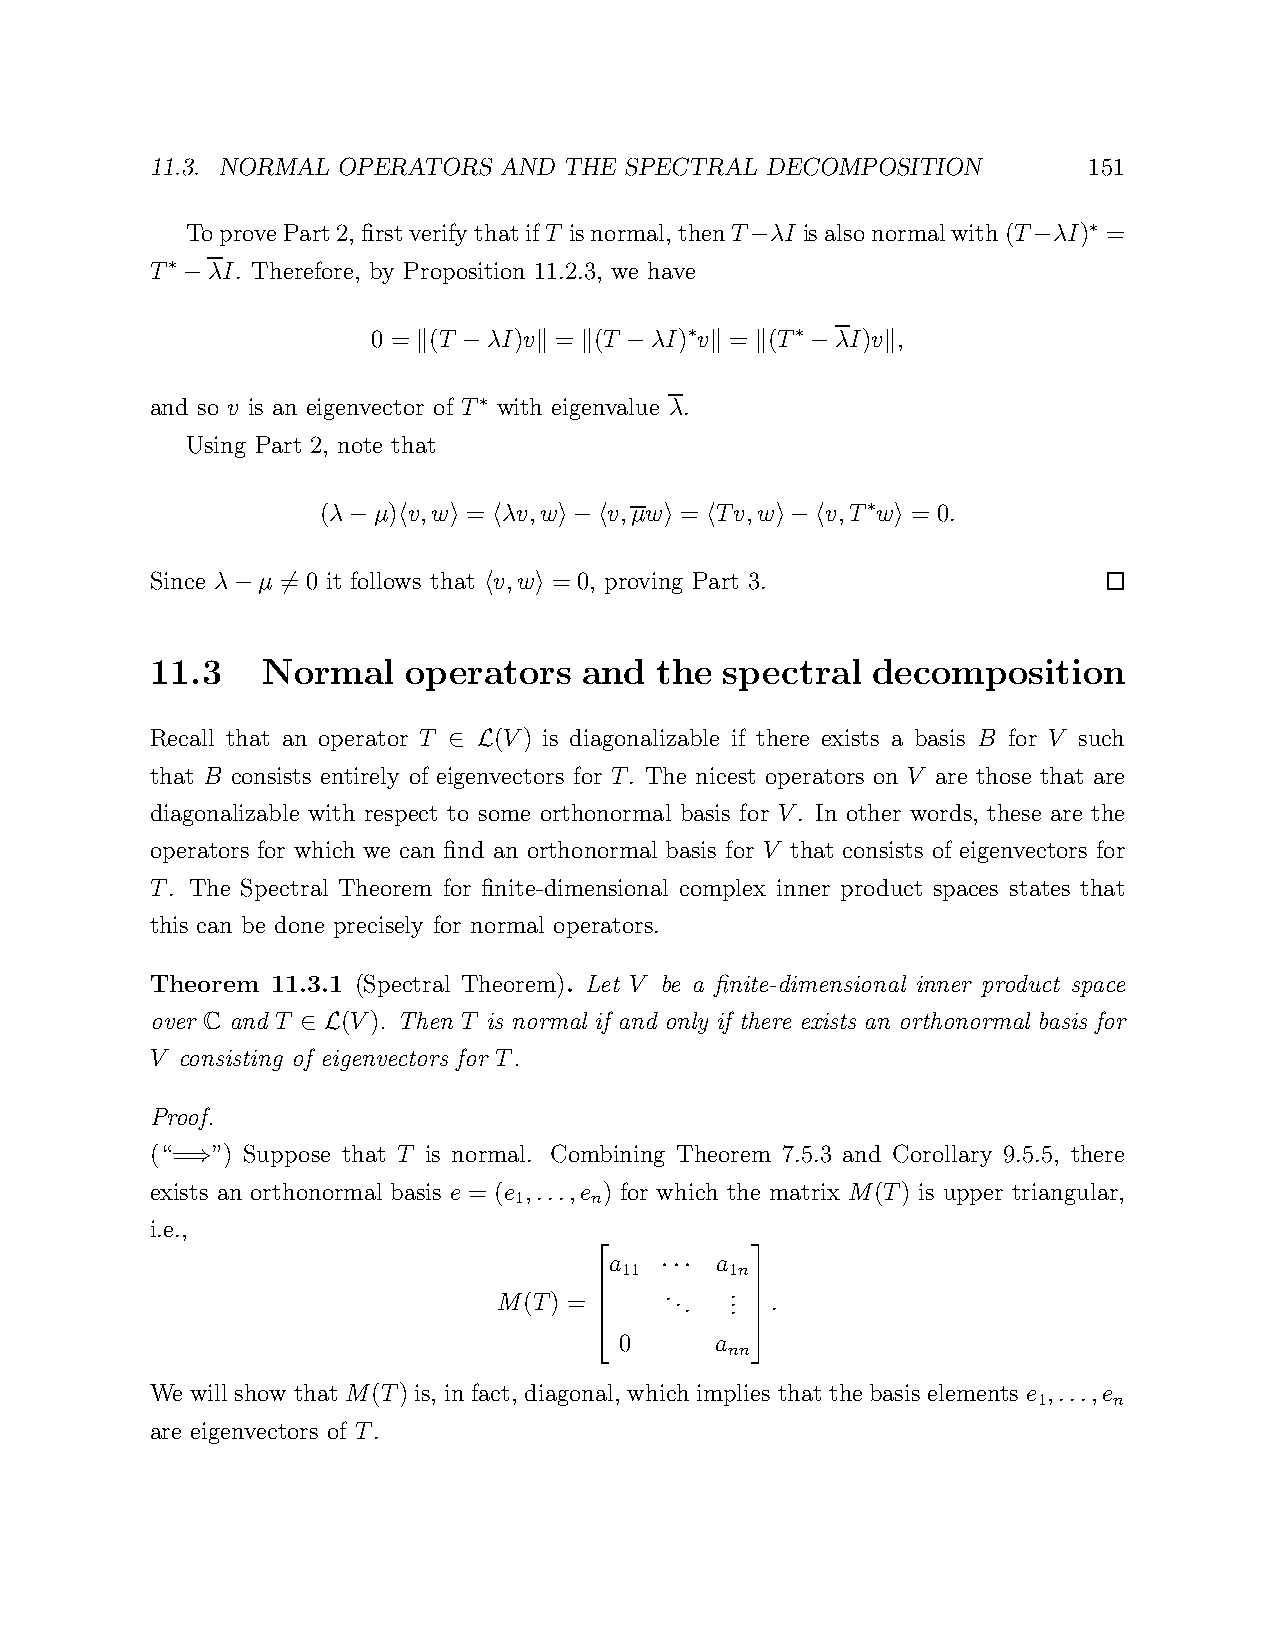
11.3. NORMAL OPERATORS AND THE SPECTRAL  DECOMPOSITION        151
 ToprovePart2, firstverifythatifT isnormal, thenT λI isalsonormalwith(T λI) =
 ∗
 −                 −
 T   λI. Therefore, by Proposition 11.2.3, we have
 ∗
 −
 0 = (T λI)v = (T  λI) v = (T  λI)v ,
 ∗      ∗
 k  −   k  k  −     k  k   −    k
 and so v is an eigenvector of T with eigenvalue λ.
 ∗
 Using Part 2, note that
 (λ  µ) v,w = λv,w  v,µw = Tv,w    v,T w = 0.
 ∗
 −  h   i  h   i−h    i  h   i−h     i
 Since λ µ = 0 it follows that v,w = 0, proving Part 3.
 −   6            h  i
 11.3   Normal    operators   and the  spectral  decomposition
 Recall that an operator T (V) is diagonalizable if there exists a basis B for V such
 ∈ L
 that B consists entirely of eigenvectors for T. The nicest operators on V are those that are
 diagonalizable with respect to some orthonormal basis for V. In other words, these are the
 operators for which we can find an orthonormal basis for V that consists of eigenvectors for
 T. The Spectral Theorem for finite-dimensional complex inner product spaces states that
 this can be done precisely for normal operators.
 Theorem 11.3.1 (Spectral Theorem). Let V be a finite-dimensional inner product space
 over C and T (V). Then T is normal if and only if there exists an orthonormal basis for
 ∈ L
 V consisting of eigenvectors for T.
 Proof.
 (“= ”) Suppose that T is normal. Combining Theorem 7.5.3 and Corollary 9.5.5, there
 ⇒
 exists an orthonormal basis e = (e ,...,e ) for which the matrix M(T) is upper triangular,
 1    n
 i.e.,
 a      a
 11     1n
 ···
 M(T) =    ... . . . .
  0     a nn
           
           
 We will show that M(T) is, in fact, diagonal, which implies that the basis elements e ,...,e
 1    n
 are eigenvectors of T.